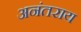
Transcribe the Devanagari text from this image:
अनंतराय